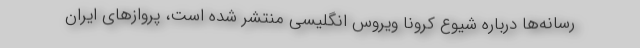
رسانه‌ها درباره شیوع کرونا ویروس انگلیسی منتشر شده است، پروازهای ایران